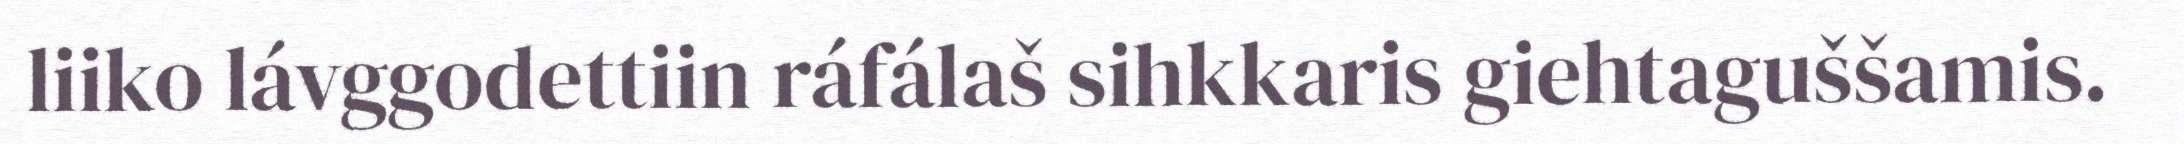
liiko lávggodettiin ráfálaš sihkkaris giehtaguššamis.